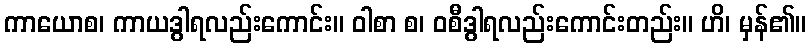
ကာယောစ၊ ကာယဒွါရလည်းကောင်း။ ဝါစာ စ၊ ဝစီဒွါရလည်းကောင်းတည်း။ ဟိ၊ မှန်၏။